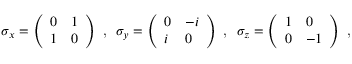
\begin{array} { r } { \sigma _ { x } = \left( \begin{array} { l l } { 0 } & { 1 } \\ { 1 } & { 0 } \end{array} \right) \textrm { , } \ \sigma _ { y } = \left( \begin{array} { l l } { 0 } & { - i } \\ { i } & { 0 } \end{array} \right) \textrm { , } \ \sigma _ { z } = \left( \begin{array} { l l } { 1 } & { 0 } \\ { 0 } & { - 1 } \end{array} \right) \textrm { , } \ } \end{array}